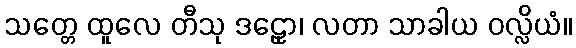
သတ္တေ ထူလေ တီသု ဒဠှော၊ လတာ သာခါယ ဝလ္လိယံ။